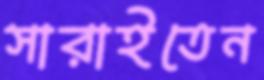
সারাইতেন